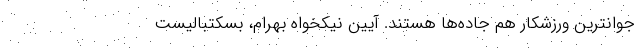
جوانترین ورزشکار هم جاده‌ها هستند. آیین نیکخواه بهرام، بسکتبالیست